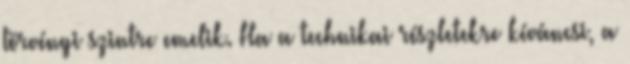
törvényi szintre emelik. Ha a technikai részletekre kíváncsi, a